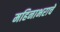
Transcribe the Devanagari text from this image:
महिनाभराचे